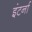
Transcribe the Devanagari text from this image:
इंटर्ना